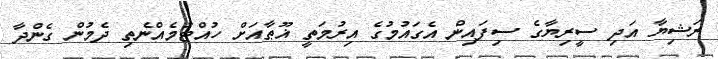
ރަޝިޔާ އަދި ސީރިޔާގެ ސިފައިން އެގައުމުގެ އިރުމަތީ ޣޫޠާއަށް ހުއްޓުމެއްނެތި ދެމުން ގެންދާ